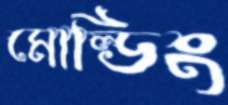
মোল্ডিং